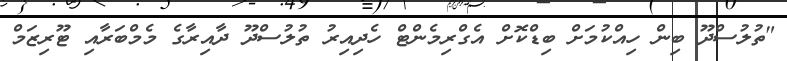
"ތުލުސްދޫ ބިން ހިއްކުމަށް ބިޑްކޮށް އެގްރިމެންޓް ހެދިއިރު ތުލުސްދޫ ދާއިރާގެ މެމްބަރާއި ޓޫރިޒަމް